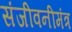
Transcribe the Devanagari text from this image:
संजीवनीमंत्र